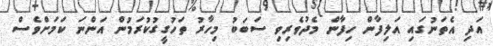
އަދި އެތަނުގައި އަލިފާން ހިފާން މެދުވެރިވި ސަބަބު މިހާރު ތަހުގީގުކުރަމުން އަންނަ ކަމަށްވެސް